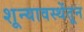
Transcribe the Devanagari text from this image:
शून्यावस्थेंतून